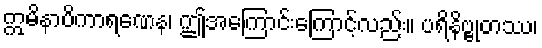
ဣမိနာပိကာရဏေန၊ ဤအကြောင်းကြောင့်လည်း။ ပရိနိဗ္ဗုတဿ၊